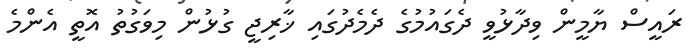
ރައީސް ޔާމީން ވިދާޅުވީ ދެގައުމުގެ ދެމެދުގައި ޚާރިޖީ ގުޅުން މިވަގުތު އޮތީ އެންމެ